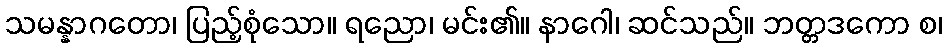
သမန္နာဂတော၊ ပြည့်စုံသော။ ရညော၊ မင်း၏။ နာဂေါ၊ ဆင်သည်။ ဘတ္တဒကော စ၊